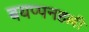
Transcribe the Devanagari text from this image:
बयप्पनहल्ली